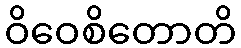
ဝိဝေစိတောတိ